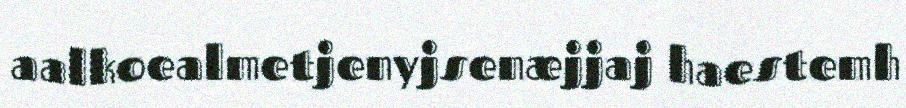
aalkoealmetjenyjsenæjjaj haestemh